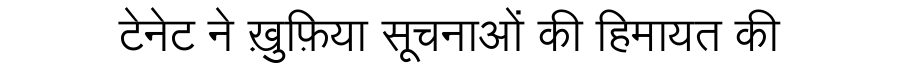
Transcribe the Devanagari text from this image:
टेनेट ने ख़ुफ़िया सूचनाओं की हिमायत की